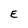
Character: E